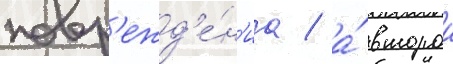
повр'ежд'е́н'иа / а́ второи